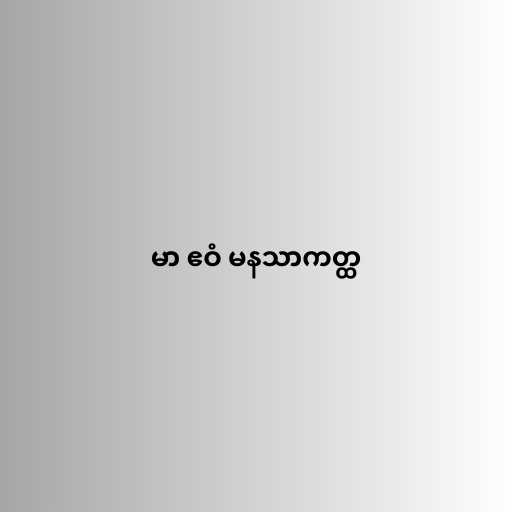
မာ ဧဝံ မနသာကတ္ထ